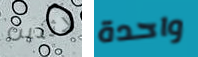
لاثنين واحدة